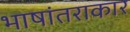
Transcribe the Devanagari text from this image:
भाषांतराकार